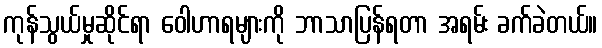
ကုန်သွယ်မှုဆိုင်ရာ ဝေါဟာရများကို ဘာသာပြန်ရတာ အရမ်း ခက်ခဲတယ်။